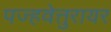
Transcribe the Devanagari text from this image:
पज्हवेत्तुरायर